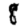
Digit: 8